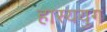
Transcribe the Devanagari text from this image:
हास्ययुग